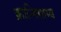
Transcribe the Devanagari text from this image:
क्रान्तिसाम्य